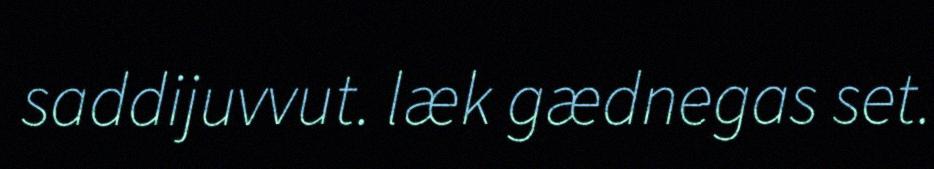
saddijuvvut. læk gædnegas set.